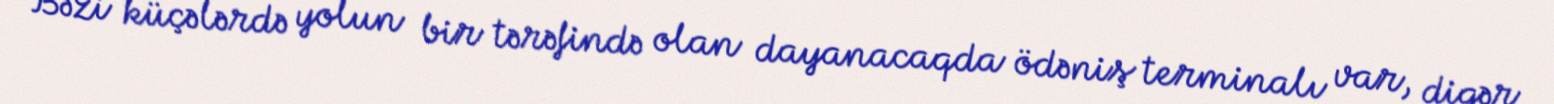
Bəzi küçələrdə yolun bir tərəfində olan dayanacaqda ödəniş terminalı var, digər